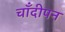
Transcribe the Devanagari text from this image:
चाँदीपन